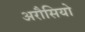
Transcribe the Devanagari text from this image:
अरौसियो